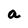
Character: a